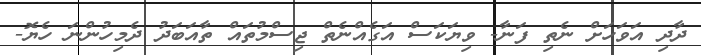
ދާދި އަވަހަށް ނެތި ފަނާ- ވިޔަކަސް އަގެއްނެތް ޖިސްމުތައް ތާއަބަދު ދެމިހުންނަ ހެޔޮ-